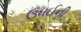
ઉધઈની